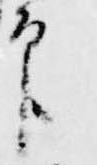
印